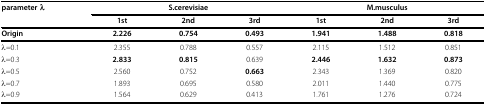
<table><thead><tr><td><b>parameter λ</b></td><td colspan="3"><b>S.cerevisiae</b></td><td colspan="3"><b>M.musculus</b></td></tr><tr><td></td><td><b>1st</b></td><td><b>2nd</b></td><td><b>3rd</b></td><td><b>1st</b></td><td><b>2nd</b></td><td><b>3rd</b></td></tr></thead><tbody><tr><td><b>Origin</b></td><td><b>2.226</b></td><td><b>0.754</b></td><td><b>0.493</b></td><td><b>1.941</b></td><td><b>1.488</b></td><td><b>0.818</b></td></tr><tr><td>λ=0.1</td><td>2.355</td><td>0.788</td><td>0.557</td><td>2.115</td><td>1.512</td><td>0.851</td></tr><tr><td>λ=0.3</td><td><b>2.833</b></td><td><b>0.815</b></td><td>0.639</td><td><b>2.446</b></td><td><b>1.632</b></td><td><b>0.873</b></td></tr><tr><td>λ=0.5</td><td>2.560</td><td>0.752</td><td><b>0.663</b></td><td>2.343</td><td>1.369</td><td>0.820</td></tr><tr><td>λ=0.7</td><td>1.893</td><td>0.695</td><td>0.580</td><td>2.011</td><td>1.440</td><td>0.775</td></tr><tr><td>λ=0.9</td><td>1.564</td><td>0.629</td><td>0.413</td><td>1.761</td><td>1.276</td><td>0.724</td></tr></tbody></table>